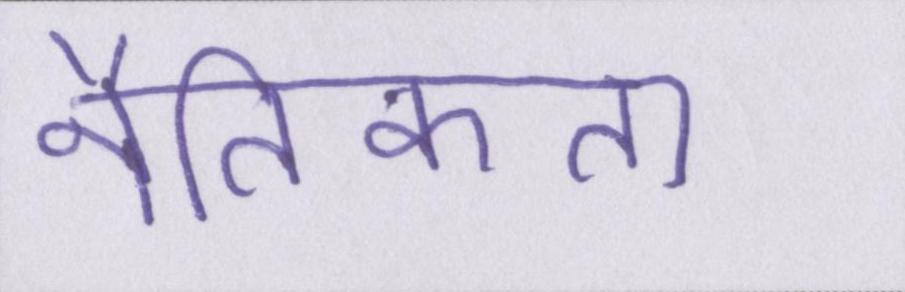
नैतिकता